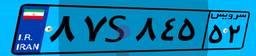
۸۷S۸۴۵۵۲